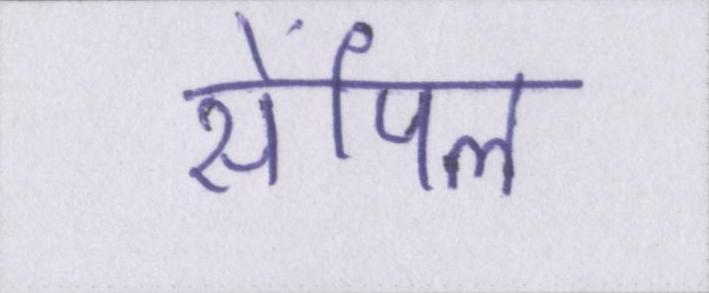
सेंपिल